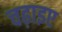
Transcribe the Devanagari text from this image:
चढ़ाइए